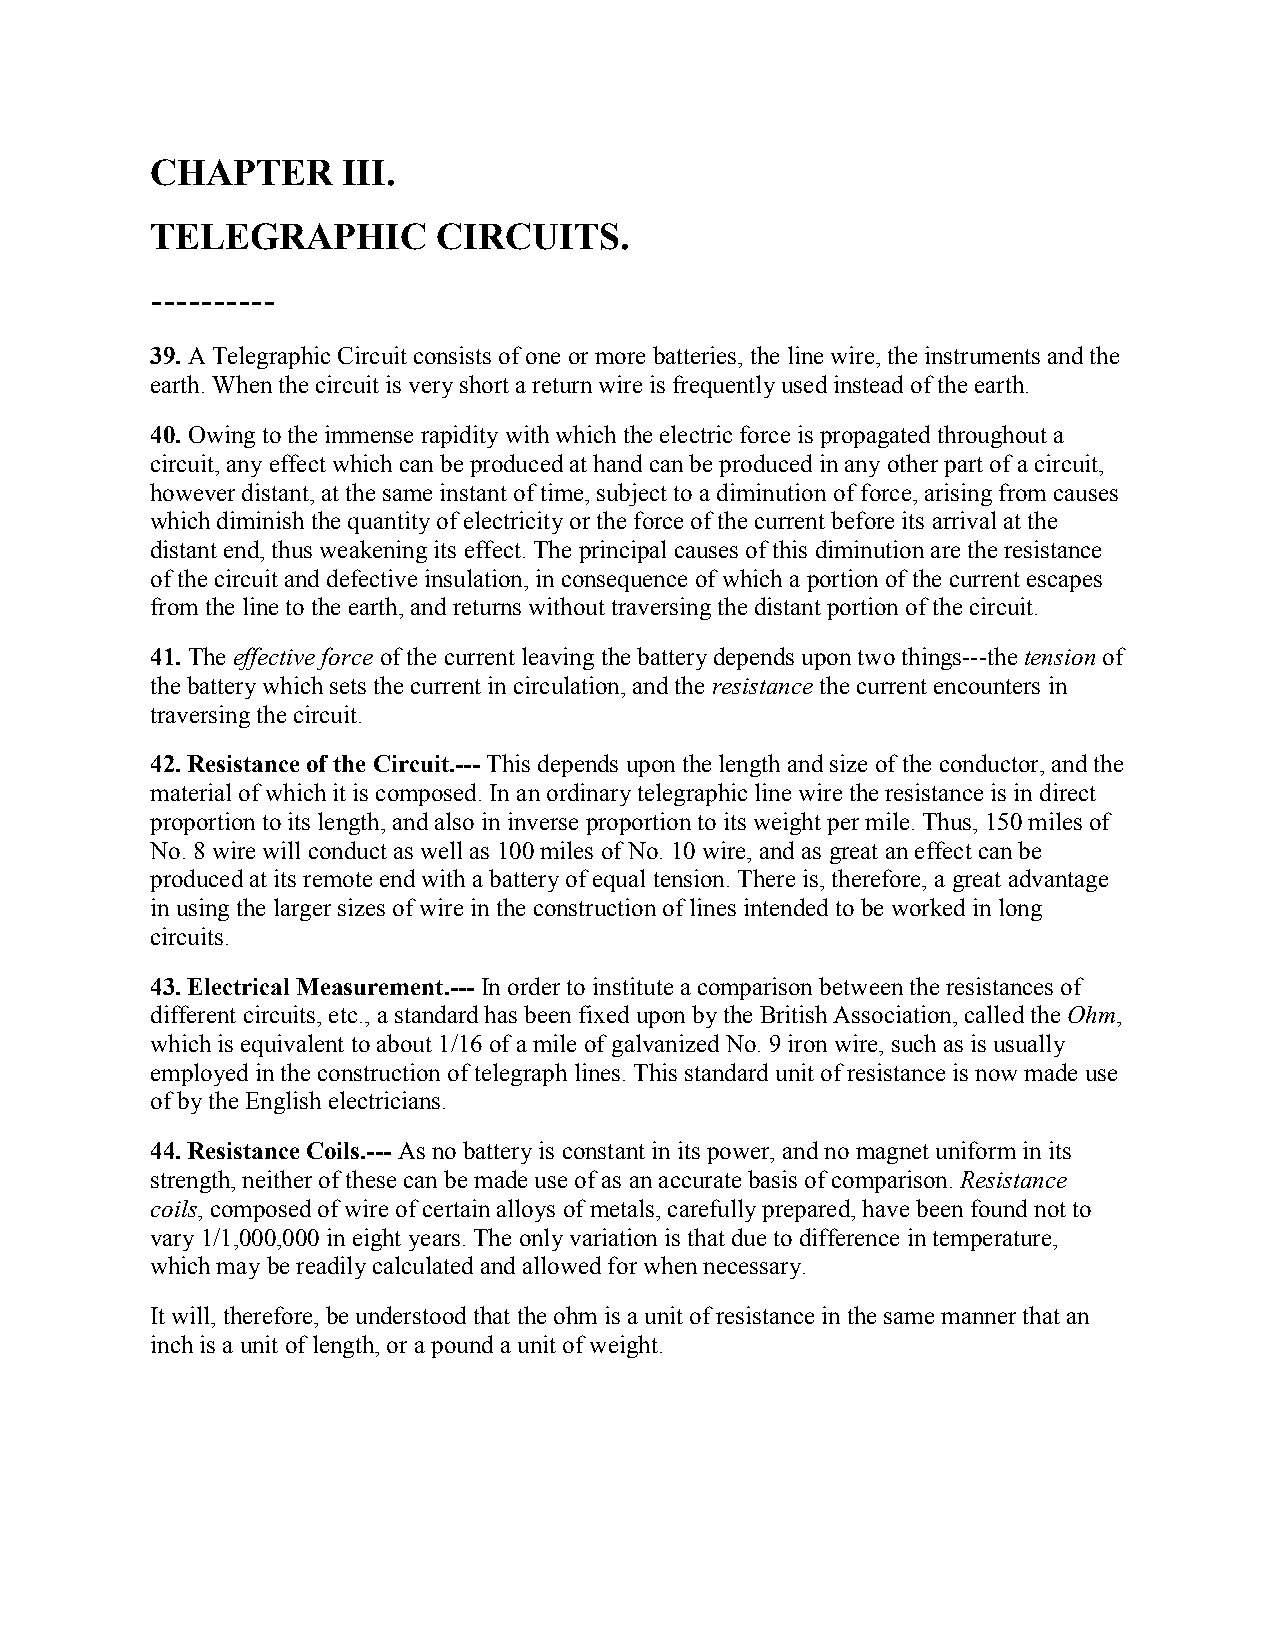
CHAPTER      III.
 TELEGRAPHIC        CIRCUITS.
 ----------
 39. A Telegraphic Circuit consists of one or more batteries, the line wire, the instruments and the
 earth. When the circuit is very short a return wire is frequently used instead of the earth.
 40. Owing to the immense rapidity with which the electric force is propagated throughout a
 circuit, any effect which can be produced at hand can be produced in any other part of a circuit,
 however distant, at the same instant of time, subject to a diminution of force, arising from causes
 which diminish the quantity of electricity or the force of the current before its arrival at the
 distant end, thus weakening its effect. The principal causes of this diminution are the resistance
 of the circuit and defective insulation, in consequence of which a portion of the current escapes
 from the line to the earth, and returns without traversing the distant portion of the circuit.
 41. The effective force of the current leaving the battery depends upon two things---the tension of
 the battery which sets the current in circulation, and the resistance the current encounters in
 traversing the circuit.
 42. Resistance of the Circuit.--- This depends upon the length and size of the conductor, and the
 material of which it is composed. In an ordinary telegraphic line wire the resistance is in direct
 proportion to its length, and also in inverse proportion to its weight per mile. Thus, 150 miles of
 No. 8 wire will conduct as well as 100 miles of No. 10 wire, and as great an effect can be
 produced at its remote end with a battery of equal tension. There is, therefore, a great advantage
 in using the larger sizes of wire in the construction of lines intended to be worked in long
 circuits.
 43. Electrical Measurement.--- In order to institute a comparison between the resistances of
 different circuits, etc., a standard has been fixed upon by the British Association, called the Ohm,
 which is equivalent to about 1/16 of a mile of galvanized No. 9 iron wire, such as is usually
 employed in the construction of telegraph lines. This standard unit of resistance is now made use
 of by the English electricians.
 44. Resistance Coils.--- As no battery is constant in its power, and no magnet uniform in its
 strength, neither of these can be made use of as an accurate basis of comparison. Resistance
 coils, composed of wire of certain alloys of metals, carefully prepared, have been found not to
 vary 1/1,000,000 in eight years. The only variation is that due to difference in temperature,
 which may be readily calculated and allowed for when necessary.
 It will, therefore, be understood that the ohm is a unit of resistance in the same manner that an
 inch is a unit of length, or a pound a unit of weight.